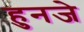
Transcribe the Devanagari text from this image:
हुनजे